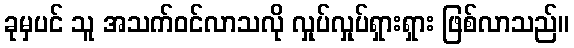
ခုမှပင် သူ အသက်ဝင်လာသလို လှုပ်လှုပ်ရှားရှား ဖြစ်လာသည်။